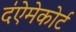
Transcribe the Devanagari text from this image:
द॑ऐमेकोर्ट